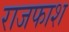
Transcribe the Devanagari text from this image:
राजफाश